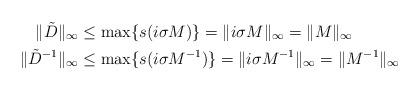
LaTeX: \begin{align*}\|\tilde{D}\|_{\infty}&\leq\max\{s(i\sigma M)\}=\|i\sigma M\|_{\infty} = \|M\|_{\infty} \\\|\tilde{D}^{-1}\|_{\infty}&\leq\max\{s(i\sigma M^{-1})\}=\|i\sigma M^{-1}\|_{\infty}= \|M^{-1}\|_{\infty} \end{align*}